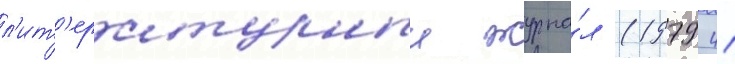
л'ит'ературныи журна́л (1979 41